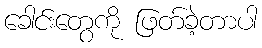
ခေါင်းတွေကို ဖြတ်ခဲ့တာပါ